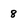
Character: 8